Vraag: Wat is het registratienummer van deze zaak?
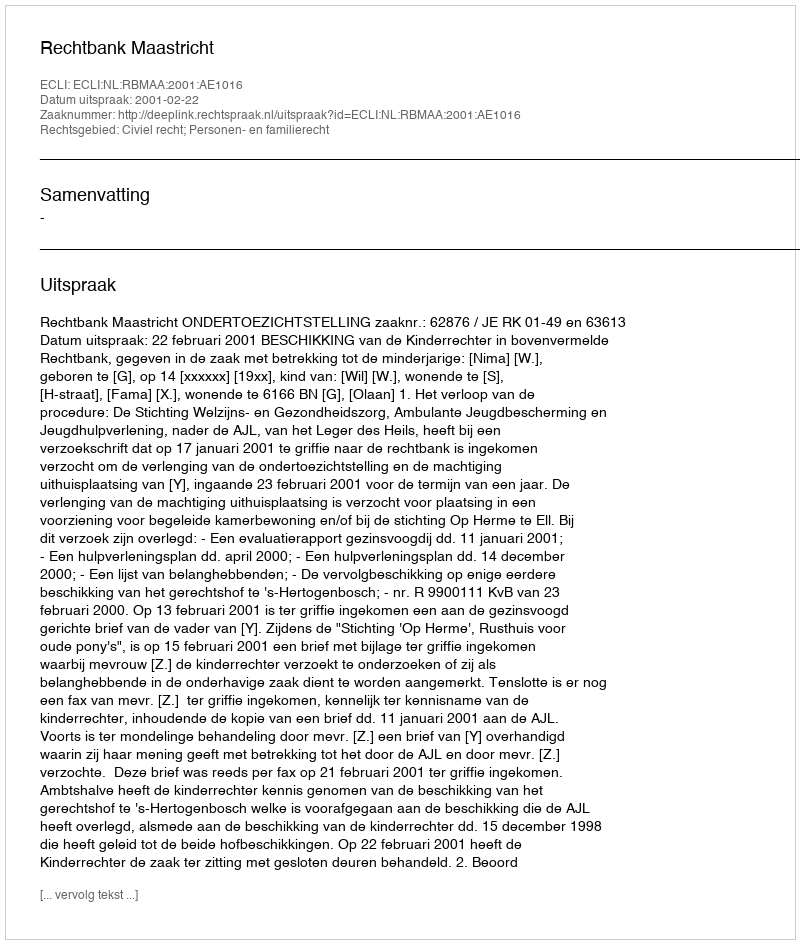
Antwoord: http://deeplink.rechtspraak.nl/uitspraak?id=ECLI:NL:RBMAA:2001:AE1016